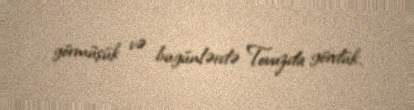
görmüşük və bugünlərdə Tovuzda gördük.